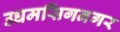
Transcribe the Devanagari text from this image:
उधमसिंगनगर